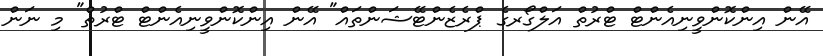
އޭން އިންކޮންވީނިއެންޓް ޓްރުތް އަލްގޯރގެ ޕްރެޒެންޓޭޝަންތައް" އޭން އިންކޮންވީނިއެންޓް ޓްރުތް" މި ނަން